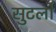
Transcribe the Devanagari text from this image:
सुटलो